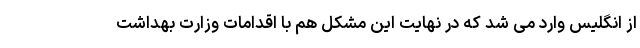
از انگلیس وارد می شد که در نهایت این مشکل هم با اقدامات وزارت بهداشت